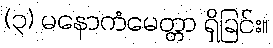
(၃) မနောကံမေတ္တာ ရှိခြင်း။